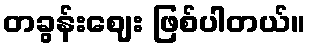
တခွန်းဈေး ဖြစ်ပါတယ်။